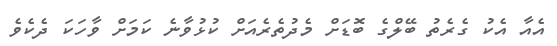
އެއާ އެކު ގެރެތު ބޭލްގެ ބޮޑަށް މެދުތެރެއަށް ކުޅުވާނެ ކަމަށް ވާހަކަ ދެކެވެ